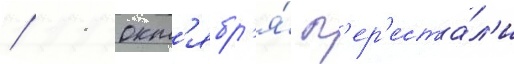
/ 11 окт'ябр'я́ п'ер'еста́л'и